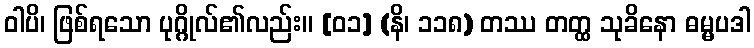
ဝါပိ၊ ဖြစ်ရသော ပုဂ္ဂိုလ်၏လည်း။ [၀၁] (နိ၊ ၁၁၈) တဿ တတ္ထ သုခိနော ဓမ္မပဒါ